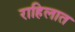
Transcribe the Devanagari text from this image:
राहिलात